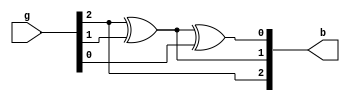
`timescale 1ns / 1ps
//////////////////////////////////////////////////////////////////////////////////
// Company: 
// Engineer: 
// 
// Design Name: 
// Module Name:    graytobin 
// Project Name: 
// Target Devices: 
// Tool versions: 
// Description: 
//
// Dependencies: 
//
// Revision: 
// Revision 0.01 - File Created
// Additional Comments: 
//
//////////////////////////////////////////////////////////////////////////////////
module graytobin(g,b);
    input[2:0]g;
    output [2:0]b;
	assign b[0]= g[2]^g[1]^g[0];
	assign b[1]= g[2]^g[1];
	assign b[2]= g[2];
 


endmodule